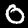
Digit: 0